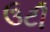
ઉટી